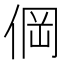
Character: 𰂒